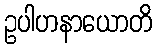
ဥပါဟနာယောတိ